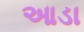
આડા